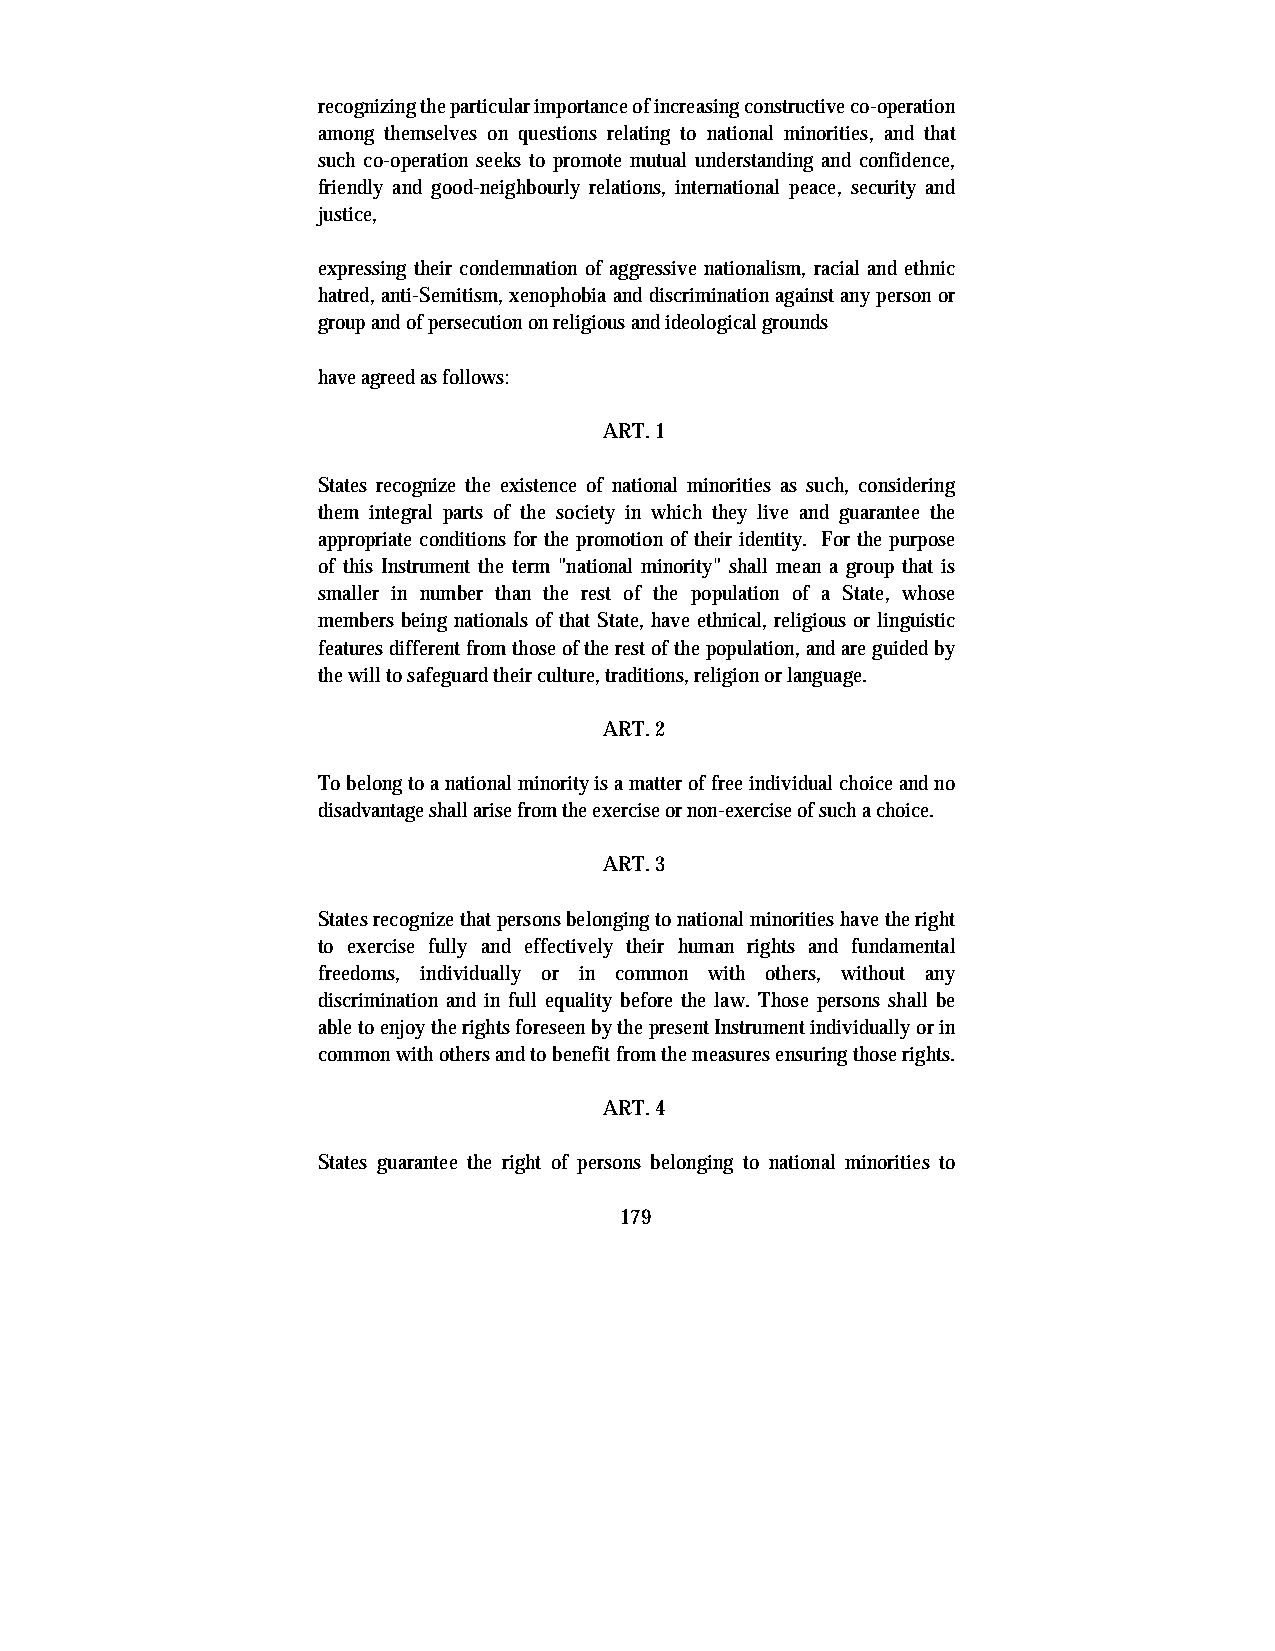
recognizing the particular importance of increasing constructive co-operation
 among themselves on questions relating to national minorities, and that
 such co-operation seeks to promote mutual understanding and confidence,
 friendly and good-neighbourly relations, international peace, security and
 justice,
 expressing their condemnation of aggressive nationalism, racial and ethnic
 hatred, anti-Semitism, xenophobia and discrimination against any person or
 group and of persecution on religious and ideological grounds
 have agreed as follows:
 ART. 1
 States recognize the existence of national minorities as such, considering
 them integral parts of the society in which they live and guarantee the
 appropriate conditions for the promotion of their identity. For the purpose
 of this Instrument the term "national minority" shall mean a group that is
 smaller in number than the rest of the population of a State, whose
 members being nationals of that State, have ethnical, religious or linguistic
 features different from those of the rest of the population, and are guided by
 the will to safeguard their culture, traditions, religion or language.
 ART. 2
 To belong to a national minority is a matter of free individual choice and no
 disadvantage shall arise from the exercise or non-exercise of such a choice.
 ART. 3
 States recognize that persons belonging to national minorities have the right
 to exercise fully and effectively their human rights and fundamental
 freedoms, individually or in common with others, without any
 discrimination and in full equality before the law. Those persons shall be
 able to enjoy the rights foreseen by the present Instrument individually or in
 common with others and to benefit from the measures ensuring those rights.
 ART. 4
 States guarantee the right of persons belonging to national minorities to
 179